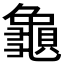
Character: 𪚾